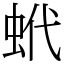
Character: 蚮